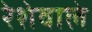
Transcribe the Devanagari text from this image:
रेशेवाले